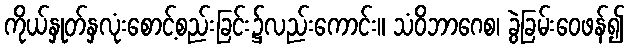
ကိုယ်နှုတ်နှလုံးစောင့်စည်းခြင်း၌လည်းကောင်း။ သံဝိဘာဂေစ၊ ခွဲခြမ်းဝေဖန်၍